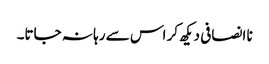
نا انصافی دیکھ کر اس سے رہا نہ جاتا۔